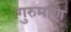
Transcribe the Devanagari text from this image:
गुरुमणि